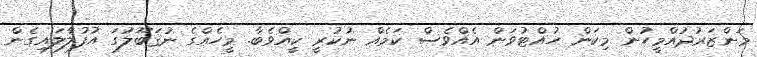
މަންޒަރުދުއްމީހުން މިކަން ހުއްޓުވަން އެއްވެސް ކަމެއް ނުކުރީ ކީއްވެބާ. މީހެއްގެ ނުޤަބޫލުގަ އުފުލާލައިގެން